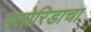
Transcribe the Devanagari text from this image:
फ्लोरिडाचा